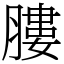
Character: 膢